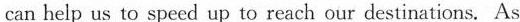
can help us to speed up to reach our destinations. As